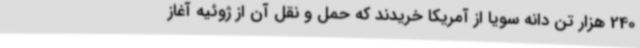
240 هزار تن دانه سویا از آمریکا خریدند که حمل و نقل آن از ژوئیه آغاز